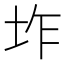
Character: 𭎌